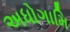
અધોગામિ